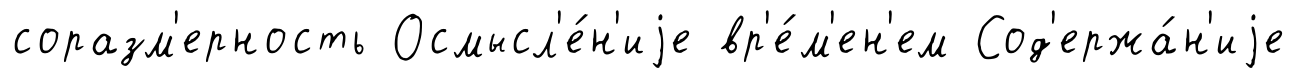
соразм'ерность Осмысл'е́н'иjе вр'е́м'ен'ем Сод'ержа́н'иjе